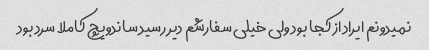
نمیدونم ایراد از کجا بود ولی خیلی سفارشم دیر رسید ساندویچ کاملا سرد بود